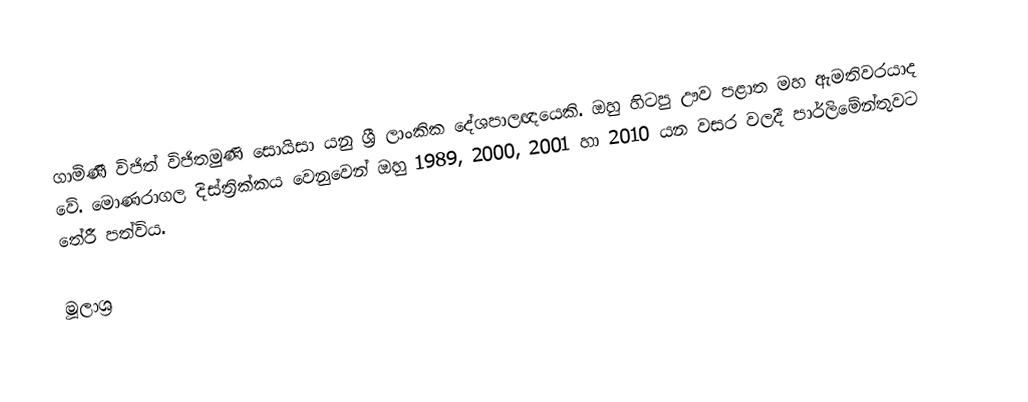
ගාමිණී විජිත් විජිතමුණි සොයිසා යනු ශ්‍රී ලාංකික දේශපාලඥයෙකි. ඔහු හිටපු ඌව පළාත මහ ඇමතිවරයාද වේ. මොණරාගල දිස්ත්‍රික්කය වෙනුවෙන් ඔහු 1989, 2000, 2001 හා 2010 යන වසර වලදී පාර්ලිමේන්තුවට තේරී පත්විය.

මූලාශ්‍ර